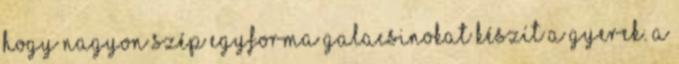
hogy nagyon szép egyforma galacsinokat készít a gyerek. A